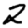
Digit: 2